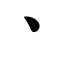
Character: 丶